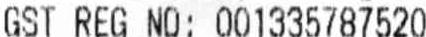
GST REG NO: 001335787520